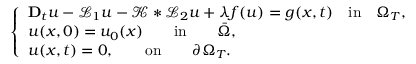
\left\{ \begin{array} { l l } { \mathbf { D } _ { t } u - \mathcal { L } _ { 1 } u - \mathcal { K } * \mathcal { L } _ { 2 } u + \lambda f ( u ) = g ( x , t ) \quad \mathrm { i n } \quad \Omega _ { T } , } \\ { u ( x , 0 ) = u _ { 0 } ( x ) \qquad \mathrm { i n } \qquad \bar { \Omega } , } \\ { u ( x , t ) = 0 , \qquad \mathrm { o n } \qquad \partial \Omega _ { T } . } \end{array} \right.